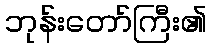
ဘုန်းတော်ကြီး၏